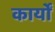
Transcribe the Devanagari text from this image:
कार्योँ